Triennial report on the lunatic asylums in the province of Eastern Bengal and Assam - 1903-1911
Year: 1903
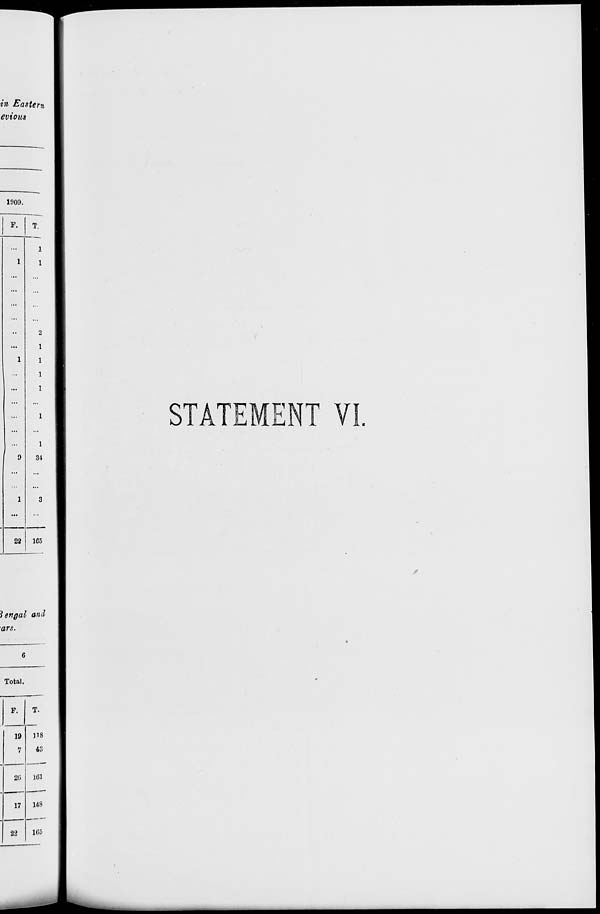
STATEMENT VI.